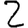
Digit: 2